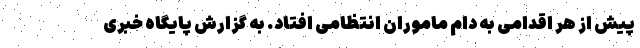
پیش از هر اقدامی به دام ماموران انتظامی افتاد. به گزارش پایگاه خبری